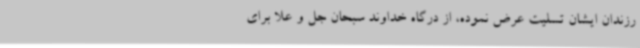
رزندان ایشان تسلیت عرض نموده، از درگاه خداوند سبحان جل و علا برای